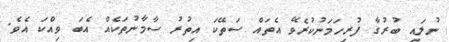
ނުލައި ބުރުގާ ފުރިހަމަނުކުރެވޭ އެތައް ސަތޭކަ އިތުރު ސާމާނުތަކެއް އެބަ ވިއްކަ އެވެ.